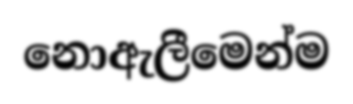
නොඇලීමෙන්ම